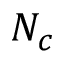
N _ { c }